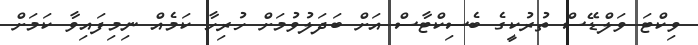
ވިކްޓަ ވަލްޑޭސް ތުރުކީގެ ބެސިކްޓާސް އަށް ބަދަލުވުމަށް ހުރިހާ ކަމެއް ނިމިފައިވާ ކަމަށް